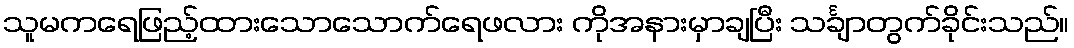
သူမကရေဖြည့်ထားသောသောက်ရေဖလား ကိုအနားမှာချပြီး သင်္ချာတွက်ခိုင်းသည်။